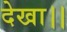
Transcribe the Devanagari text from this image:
देखा।।